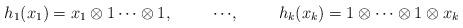
LaTeX: \begin{align*} h_1(x_1)&=x_1\otimes 1\cdots\otimes 1,&\cdots& ,&h_k(x_k)&= 1\otimes\cdots \otimes1\otimes x_k \end{align*}